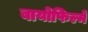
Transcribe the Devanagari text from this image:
बायोफिल्में